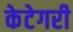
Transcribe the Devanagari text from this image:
केटेगरी